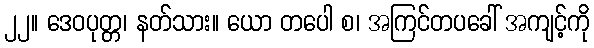
၂၂။ ဒေဝပုတ္တ၊ နတ်သား။ ယော တပေါ စ၊ အကြင်တပခေါ် အကျင့်ကို